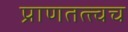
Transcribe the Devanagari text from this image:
प्राणतत्त्वच